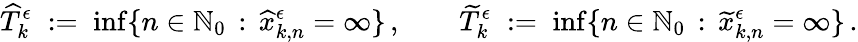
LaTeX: \widehat{T}_{k}^{\epsilon}\; :=\; \operatorname*{inf}\lbrace n\in\mathbb{N}_{0}\, :\, \widehat{x}_{k,n}^{\epsilon}=\infty\rbrace\, ,\qquad\widetilde{T}_{k}^{\epsilon}\; :=\; \operatorname*{inf}\lbrace n\in\mathbb{N}_{0}\, :\, \widetilde{x}_{k,n}^{\epsilon}=\infty\rbrace\, .